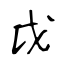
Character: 戉